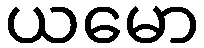
ယမော